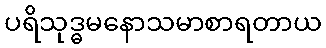
ပရိသုဒ္ဓမနောသမာစာရတာယ